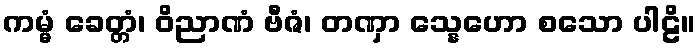
ကမ္မံ ခေတ္တံ၊ ဝိညာဏံ ဗီဇံ၊ တဏှာ သ္နေဟော စသော ပါဠိ။